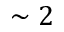
\sim 2